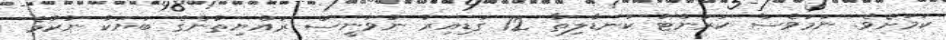
ކަމަށެވެ. ނަމަވެސް ކަރަންޓު ކަނޑާލިތާ 12 ގަޑިއިރު ނުވަނީސް ރައްޔިތުންގެ ބަޔަކު ނުކުމެ